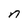
Character: n